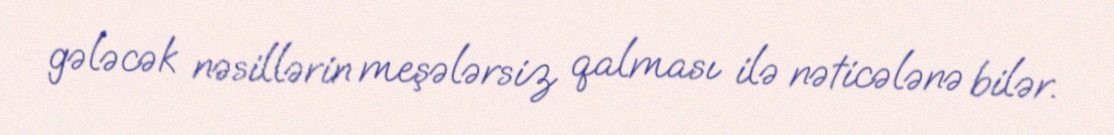
gələcək nəsillərin meşələrsiz qalması ilə nəticələnə bilər.